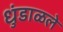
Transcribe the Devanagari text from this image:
धुंडाळले